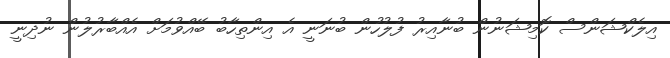
އިލެކްޝަންސް ކޮމިޝަނުން ބުނާއިރު ފުލުހުން ބުނަނީ އެ އިންތިހާބު ބޭއްވުމަށް އެއްބާރުލުން ނުދިނީ